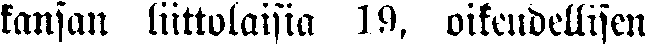
kansan liittolaisia 19. oikeudellisen